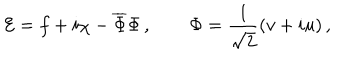
LaTeX: { \cal E } = f + i \chi - \overline { { { \Phi } } } \Phi \, , \qquad \Phi = \frac { 1 } { \sqrt { 2 } } ( v + i u ) \, ,